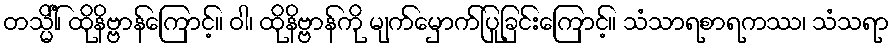
တသ္မိံါ်၊ ထိုနိဗ္ဗာန်ကြောင့်။ ဝါ၊ ထိုနိဗ္ဗာန်ကို မျက်မှောက်ပြုခြင်းကြောင့်။ သံသာရစာရကဿ၊ သံသရာ